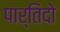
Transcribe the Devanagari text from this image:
पार्तिदो